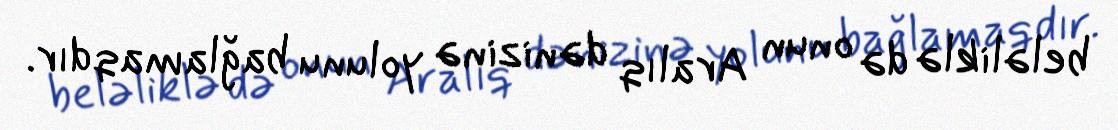
beləliklə də onun Aralıq dənizinə yolunu bağlamaqdır.